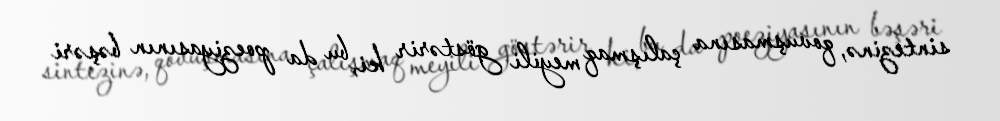
sintezinə, qovuşmasına çalışmaq meyili göstərir ki, bu da poeziyasının bəşəri